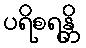
ပရိစရန္တိ